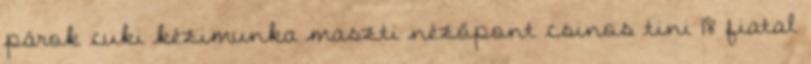
párok cuki kézimunka maszti nézőpont csinos tini 18 fiatal